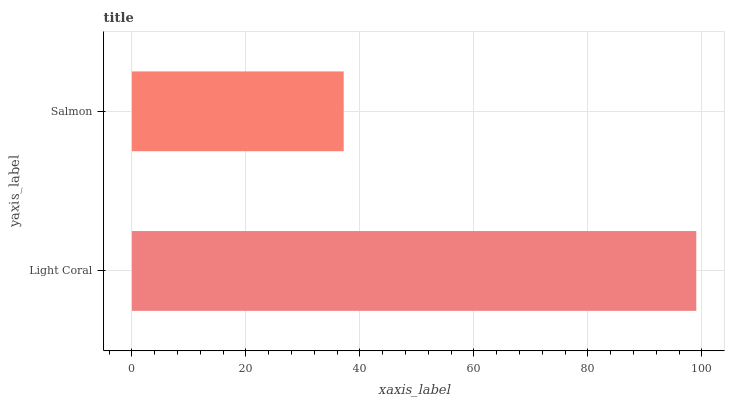
| yaxis_label | bars |
 | --- | --- |
 | Light Coral | 99 |
 | Salmon | 37.2 |